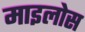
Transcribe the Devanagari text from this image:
माइलोस